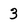
Character: 3